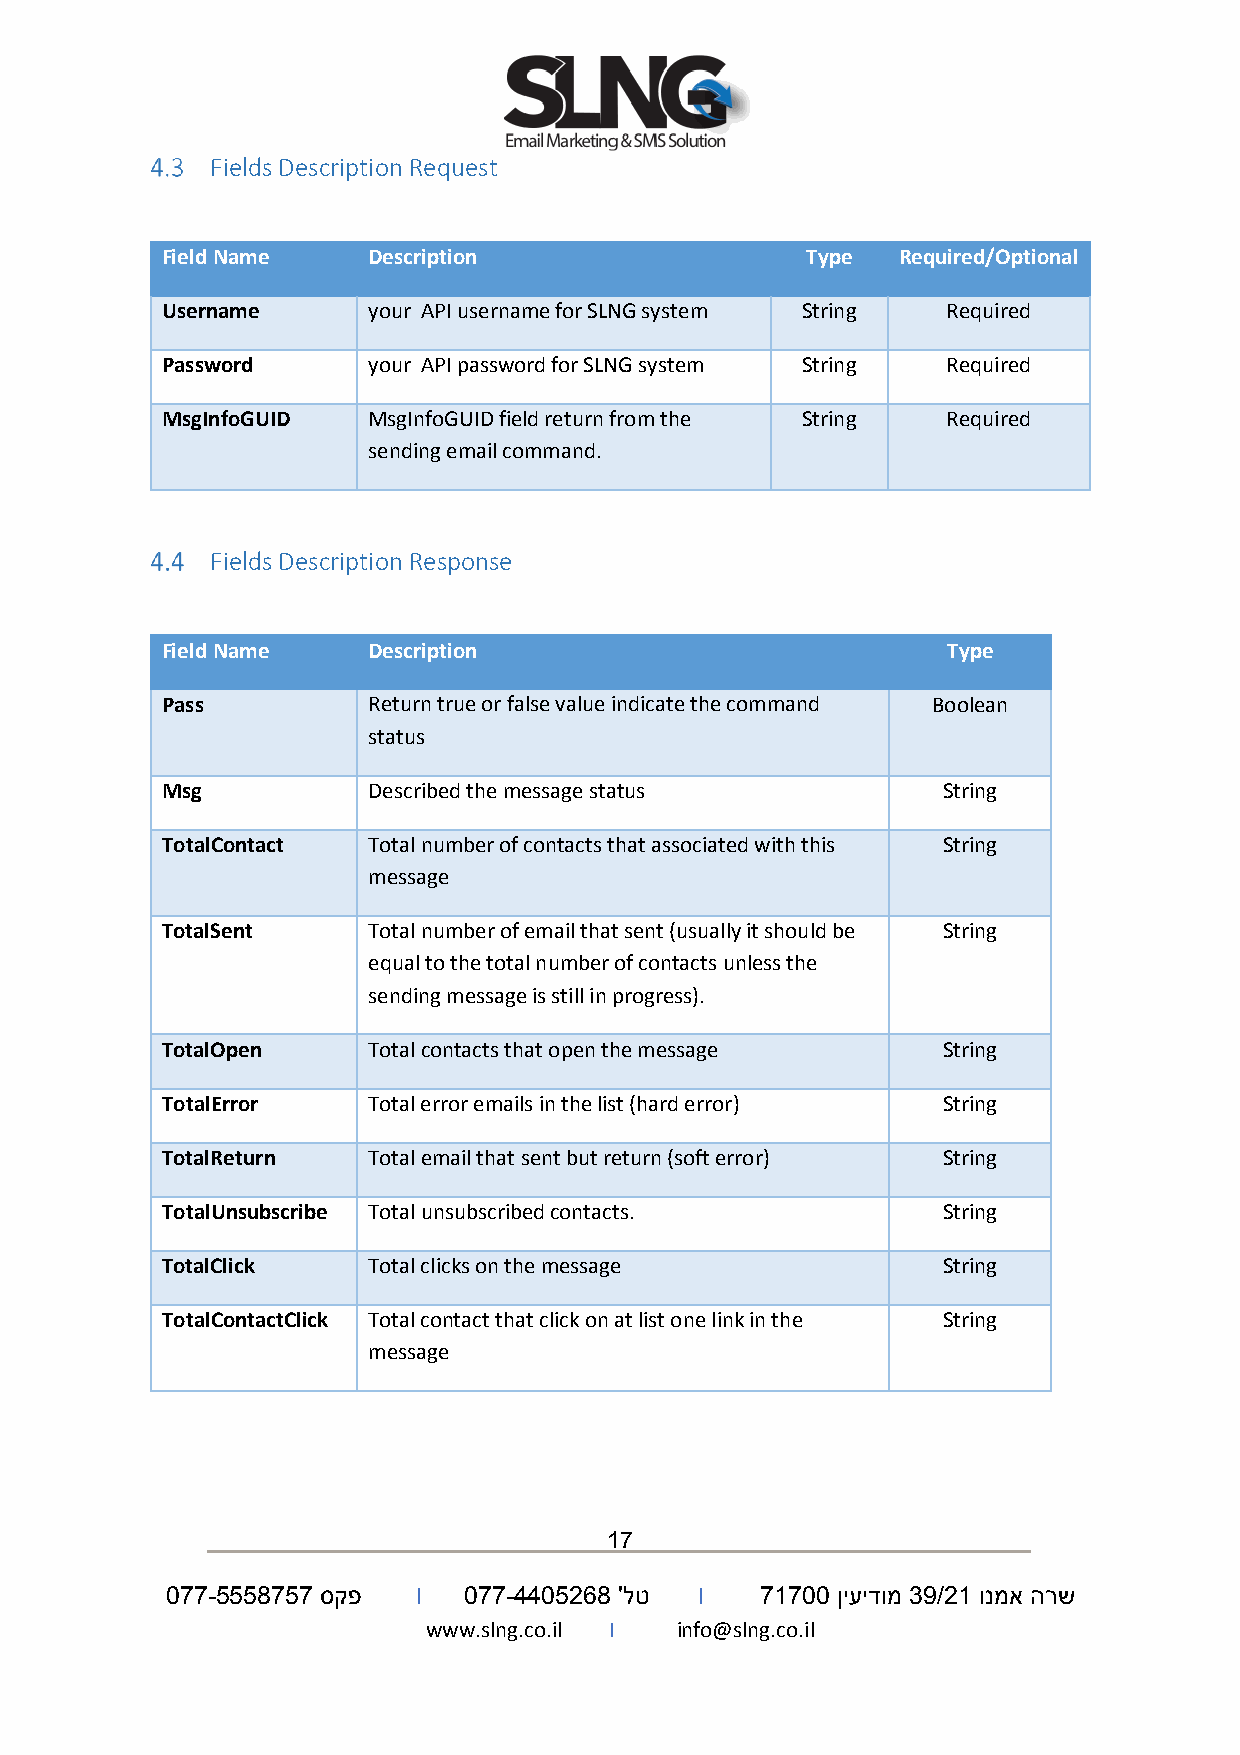
Fields Description Request
 Field Name   Description                  Type  Required/Optional
 Username     your API username for SLNG system String Required
 Password     your API password for SLNG system String Required
 MsgInfoGUID  MsgInfoGUID field return from the String Required
 sending email command.
 Fields Description Response
 Field Name   Description                            Type
 Pass         Return true or false value indicate the command Boolean
 status
 Msg          Described the message status          String
 TotalContact Total number of contacts that associated with this String
 message
 TotalSent    Total number of email that sent (usually it should be String
 equal to the total number of contacts unless the
 sending message is still in progress).
 TotalOpen    Total contacts that open the message  String
 TotalError   Total error emails in the list (hard error) String
 TotalReturn  Total email that sent but return (soft error) String
 TotalUnsubscribe Total unsubscribed contacts.      String
 TotalClick   Total clicks on the message           String
 TotalContactClick Total contact that click on at list one link in the String
 message
 17
 077-5558757 סקפ  I  077-4405268 'לט I  71700 ןיעידומ 39/21 ונמא הרש
 www.slng.co.il I info@slng.co.il